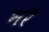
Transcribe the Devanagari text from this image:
भरै